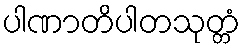
ပါဏာတိပါတသုတ္တံ